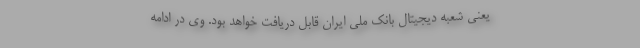
یعنی شعبه دیجیتال بانک ملی ایران قابل دریافت خواهد بود. وی در ادامه